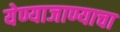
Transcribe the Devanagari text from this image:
येण्याजाण्याचा